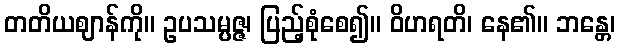
တတိယဈာန်ကို။ ဥပသမ္ပဇ္ဇ၊ ပြည့်စုံစေ၍။ ဝိဟရတိ၊ နေ၏။ ဘန္တေ၊